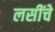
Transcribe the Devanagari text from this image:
लसींचे